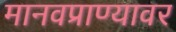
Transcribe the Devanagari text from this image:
मानवप्राण्यावर